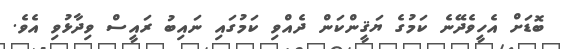
ބޮޑަށް އެހީވެދޭނެ ކަމުގެ ޔަޤީންކަން ދެއްވި ކަމުގައި ނައިބު ރައީސް ވިދާޅުވި އެވެ.